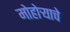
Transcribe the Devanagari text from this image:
मोहोर्‍याचे